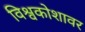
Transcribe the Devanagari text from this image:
विश्वकोशावर